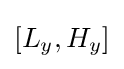
[L_{y},H_{y}]